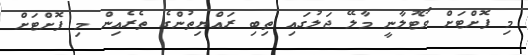
މި ފޮށްޓަށް ވޯޓުލާނީ މާލޭ ޖަލުގައި ތިބި ރައްޔިތުންގެ ތެރެއިން މި ފޮށްޓަށް